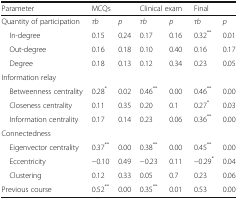
<table><thead><tr><td><b>Parameter</b></td><td colspan="2"><b>MCQs</b></td><td colspan="2"><b>Clinical exam</b></td><td colspan="2"><b>Final</b></td></tr></thead><tbody><tr><td>Quantity of participation</td><td><i>τb</i></td><td><i>p</i></td><td><i>τb</i></td><td><i>p</i></td><td><i>τb</i></td><td><i>p</i></td></tr><tr><td> In-degree</td><td>0.15</td><td>0.24</td><td>0.17</td><td>0.16</td><td>0.32<sup>**</sup></td><td>0.01</td></tr><tr><td> Out-degree</td><td>0.16</td><td>0.18</td><td>0.10</td><td>0.40</td><td>0.16</td><td>0.17</td></tr><tr><td> Degree</td><td>0.18</td><td>0.13</td><td>0.12</td><td>0.34</td><td>0.23</td><td>0.05</td></tr><tr><td colspan="7">Information relay</td></tr><tr><td> Betweenness centrality</td><td>0.28<sup>*</sup></td><td>0.02</td><td>0.46<sup>**</sup></td><td>0.00</td><td>0.46<sup>**</sup></td><td>0.00</td></tr><tr><td> Closeness centrality</td><td>0.11</td><td>0.35</td><td>0.20</td><td>0.1</td><td>0.27<sup>*</sup></td><td>0.03</td></tr><tr><td> Information centrality</td><td>0.17</td><td>0.14</td><td>0.23</td><td>0.06</td><td>0.36<sup>**</sup></td><td>0.00</td></tr><tr><td colspan="7">Connectedness</td></tr><tr><td> Eigenvector centrality</td><td>0.37<sup>**</sup></td><td>0.00</td><td>0.38<sup>**</sup></td><td>0.00</td><td>0.45<sup>**</sup></td><td>0.00</td></tr><tr><td> Eccentricity</td><td>−0.10</td><td>0.49</td><td>−0.23</td><td>0.11</td><td>−0.29<sup>*</sup></td><td>0.04</td></tr><tr><td> Clustering</td><td>0.12</td><td>0.33</td><td>0.05</td><td>0.7</td><td>0.23</td><td>0.06</td></tr><tr><td>Previous course</td><td>0.52<sup>**</sup></td><td>0.00</td><td>0.35<sup>**</sup></td><td>0.01</td><td>0.53</td><td>0.00</td></tr></tbody></table>